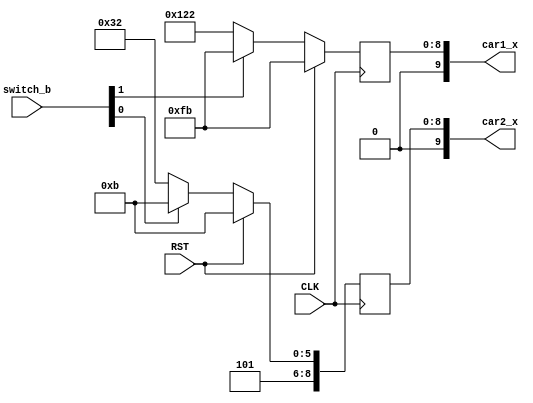

module car_movement(
input wire CLK,
input wire RST,
input wire [1:0]switch_b,
output reg [9:0] car1_x,
output reg [9:0] car2_x
);

initial car1_x = 290;
initial car2_x = 331;

 // Car positions based on switches   
 always @(posedge CLK)
    
    if (RST) begin
         car1_x <= 251;
         car2_x <= 331;
    end else begin
        if (switch_b[1])
           car1_x <= 251;
        else
           car1_x <= 290;
              
        if (switch_b[0])
           car2_x <= 331;
        else
           car2_x <= 370;
    end
  
endmodule